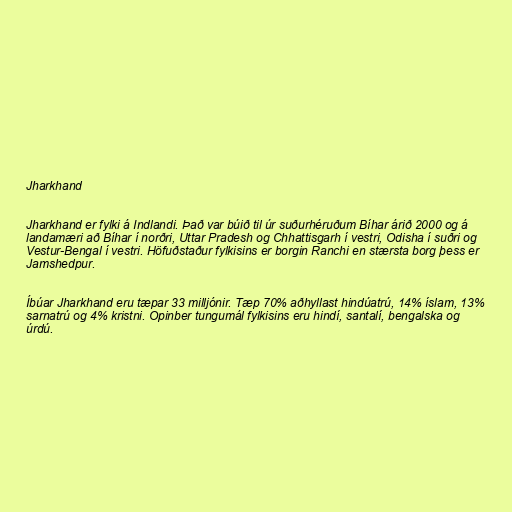
Jharkhand

Jharkhand er fylki á Indlandi. Það var búið til úr suðurhéruðum Bíhar árið 2000 og á
landamæri að Bíhar í norðri, Uttar Pradesh og Chhattisgarh í vestri, Odisha í suðri og
Vestur-Bengal í vestri. Höfuðstaður fylkisins er borgin Ranchi en stærsta borg þess er
Jamshedpur.

Íbúar Jharkhand eru tæpar 33 milljónir. Tæp 70% aðhyllast hindúatrú, 14% íslam, 13%
sarnatrú og 4% kristni. Opinber tungumál fylkisins eru hindí, santalí, bengalska og
úrdú.